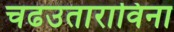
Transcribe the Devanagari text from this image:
चढउताराविना